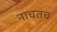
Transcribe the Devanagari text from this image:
नाचतच